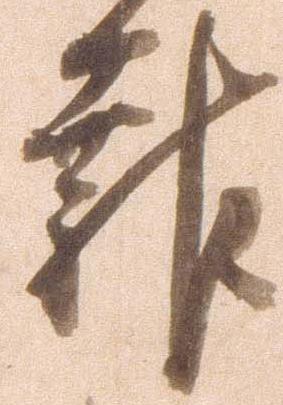
報